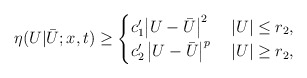
\begin{align*}\eta(U|\bar U;x,t)\ge \begin{cases}c_1' \big | U - \bar U \big |^2 & \; |U| \le r_2, \\c_2' \, \big | U - \bar U \big |^p & \; |U| \ge r_2,\end{cases}\end{align*}